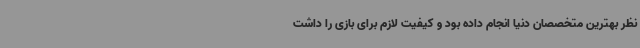
نظر بهترین متخصصان دنیا انجام داده بود و کیفیت لازم برای بازی را داشت